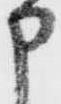
申